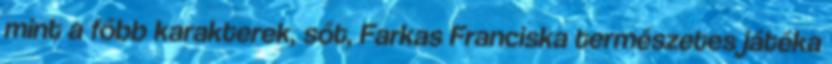
mint a főbb karakterek, sőt, Farkas Franciska természetes játéka